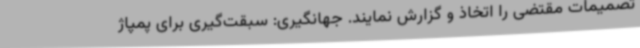
تصمیمات مقتضی را اتخاذ و گزارش نمایند. جهانگیری: سبقت‌گیری برای پمپاژ